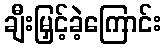
ချီးမြှင့်ခဲ့ကြောင်း